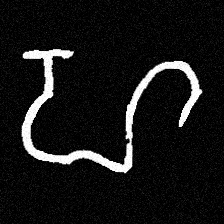
Pyu character \u2014 Myanmar letter: ဟ (romanized: ha)